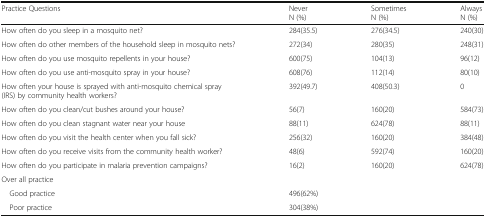
<table><thead><tr><td><b>Practice Questions</b></td><td><b>NeverN (%)</b></td><td><b>SometimesN (%)</b></td><td><b>AlwaysN (%)</b></td></tr></thead><tbody><tr><td>How often do you sleep in a mosquito net?</td><td>284(35.5)</td><td>276(34.5)</td><td>240(30)</td></tr><tr><td>How often do other members of the household sleep in mosquito nets?</td><td>272(34)</td><td>280(35)</td><td>248(31)</td></tr><tr><td>How often do you use mosquito repellents in your house?</td><td>600(75)</td><td>104(13)</td><td>96(12)</td></tr><tr><td>How often do you use anti-mosquito spray in your house?</td><td>608(76)</td><td>112(14)</td><td>80(10)</td></tr><tr><td>How often your house is sprayed with anti-mosquito chemical spray (IRS) by community health workers?</td><td>392(49.7)</td><td>408(50.3)</td><td>0</td></tr><tr><td>How often do you clean/cut bushes around your house?</td><td>56(7)</td><td>160(20)</td><td>584(73)</td></tr><tr><td>How often do you clean stagnant water near your house</td><td>88(11)</td><td>624(78)</td><td>88(11)</td></tr><tr><td>How often do you visit the health center when you fall sick?</td><td>256(32)</td><td>160(20)</td><td>384(48)</td></tr><tr><td>How often do you receive visits from the community health worker?</td><td>48(6)</td><td>592(74)</td><td>160(20)</td></tr><tr><td>How often do you participate in malaria prevention campaigns?</td><td>16(2)</td><td>160(20)</td><td>624(78)</td></tr><tr><td colspan="4">Over all practice</td></tr><tr><td> Good practice</td><td colspan="3">496(62%)</td></tr><tr><td> Poor practice</td><td colspan="3">304(38%)</td></tr></tbody></table>